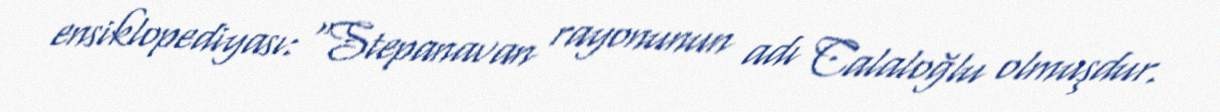
ensiklopediyası: "Stepanavan rayonunun adı Calaloğlu olmuşdur.